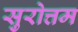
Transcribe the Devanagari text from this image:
सुरोत्तम